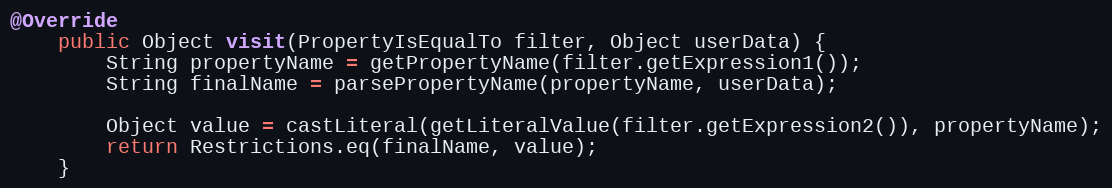
Language: Java
@Override
	public Object visit(PropertyIsEqualTo filter, Object userData) {
		String propertyName = getPropertyName(filter.getExpression1());
		String finalName = parsePropertyName(propertyName, userData);

		Object value = castLiteral(getLiteralValue(filter.getExpression2()), propertyName);
		return Restrictions.eq(finalName, value);
	}